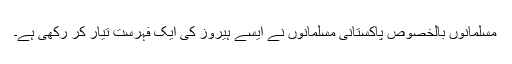
مسلمانوں بالخصوص پاکستانی مسلمانوں نے ایسے ہیروز کی ایک فہرست تیار کر رکھی ہے۔